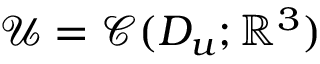
\mathcal { U } = \mathcal { C } ( D _ { u } ; \mathbb { R } ^ { 3 } )